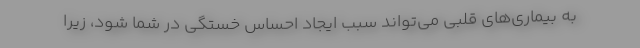
به بیماری‌های قلبی می‌تواند سبب ایجاد احساس خستگی در شما شود، زیرا